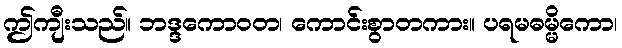
ဤကျီးသည်။ ဘဒ္ဒကောဝတ၊ ကောင်းစွာတကား။ ပရမဓမ္မိကော၊